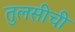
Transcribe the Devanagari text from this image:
तुलसीची